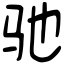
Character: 驰